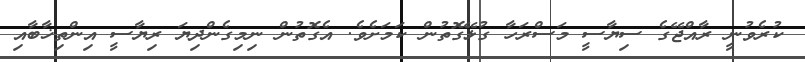
ކުރެވުނީ ރާއްޖޭގެ ސިޔާސީ މަސްރަހާ ގުޅޭގޮތުން ކަމަށެވެ. އެގޮތުން ނިމިގެންދިޔަ ރިޔާސީ އިންތިޚާބާއި